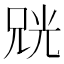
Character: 𫪨